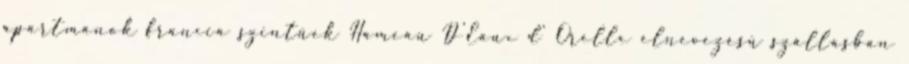
apartmanok francia szintűek Hameau D'Eaux d' Orelle elnevezésű szállásban